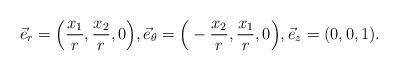
LaTeX: \begin{align*}\vec{e}_r=\Big(\frac{x_1}{r},\frac{x_2}{r},0\Big),\vec{e}_{\theta}=\Big(-\frac{x_2}{r},\frac{x_1}{r},0\Big),\vec{e}_{z}=(0,0,1).\end{align*}